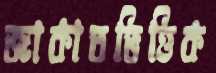
জাকাতভিত্তিক